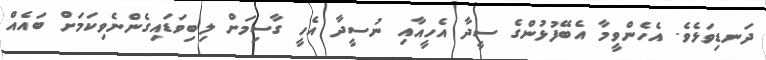
ދަނޑިވަޅެވެ. އެހެންވީމާ އެބޭފުޅުންގެ ސީދާ އެހީއާއި ނުސީދާ އެހީ ގާސިމަށް ލިބިވަޑައިގެންނެވިކަމަށް ބައެއް